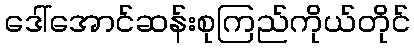
ဒေါ်အောင်ဆန်းစုကြည်ကိုယ်တိုင်